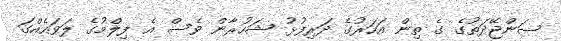
ސަންޖޭދަތުގެ ގެ ތިން އަހަރުގެ ދަރިފުޅު ޝަހުރާން ވެސް އެ ފިލްމުގެ ލަވައެއްގަ